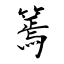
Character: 篶